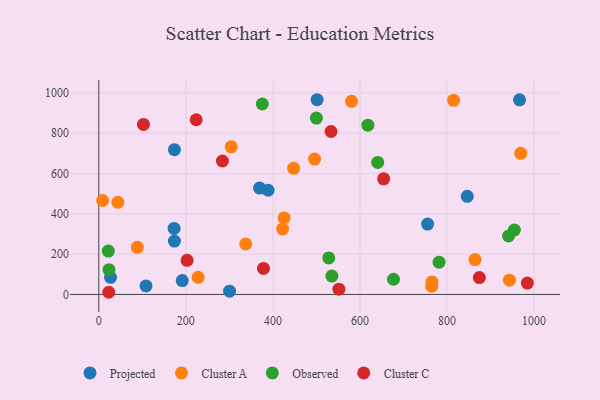
{"axis": {"x": "Experience", "y": "Sales"}, "legend": ["Cluster A", "Cluster C", "Observed", "Projected"], "data": [{"x": "173.7", "y": 264.7, "type": "Projected"}, {"x": "966.5", "y": 965.4, "type": "Projected"}, {"x": "300.4", "y": 16.3, "type": "Projected"}, {"x": "108.5", "y": 42.2, "type": "Projected"}, {"x": "173.0", "y": 327.7, "type": "Projected"}, {"x": "846.4", "y": 486.5, "type": "Projected"}, {"x": "755.3", "y": 349.3, "type": "Projected"}, {"x": "191.7", "y": 68.7, "type": "Projected"}, {"x": "369.3", "y": 527.5, "type": "Projected"}, {"x": "501.5", "y": 965.9, "type": "Projected"}, {"x": "27.0", "y": 85.1, "type": "Projected"}, {"x": "173.8", "y": 718.3, "type": "Projected"}, {"x": "389.0", "y": 516.9, "type": "Projected"}, {"x": "88.5", "y": 233.8, "type": "Cluster A"}, {"x": "943.3", "y": 70.7, "type": "Cluster A"}, {"x": "495.7", "y": 671.3, "type": "Cluster A"}, {"x": "43.8", "y": 456.8, "type": "Cluster A"}, {"x": "425.6", "y": 379.8, "type": "Cluster A"}, {"x": "8.8", "y": 466.1, "type": "Cluster A"}, {"x": "764.8", "y": 41.0, "type": "Cluster A"}, {"x": "447.5", "y": 625.4, "type": "Cluster A"}, {"x": "337.5", "y": 250.6, "type": "Cluster A"}, {"x": "580.6", "y": 958.1, "type": "Cluster A"}, {"x": "422.3", "y": 324.7, "type": "Cluster A"}, {"x": "765.4", "y": 62.2, "type": "Cluster A"}, {"x": "969.2", "y": 699.8, "type": "Cluster A"}, {"x": "864.2", "y": 172.8, "type": "Cluster A"}, {"x": "304.2", "y": 732.1, "type": "Cluster A"}, {"x": "228.2", "y": 84.9, "type": "Cluster A"}, {"x": "815.0", "y": 962.9, "type": "Cluster A"}, {"x": "528.2", "y": 181.4, "type": "Observed"}, {"x": "640.7", "y": 655.1, "type": "Observed"}, {"x": "499.8", "y": 874.9, "type": "Observed"}, {"x": "535.4", "y": 91.4, "type": "Observed"}, {"x": "941.3", "y": 290.0, "type": "Observed"}, {"x": "618.1", "y": 839.5, "type": "Observed"}, {"x": "21.9", "y": 215.0, "type": "Observed"}, {"x": "375.6", "y": 944.7, "type": "Observed"}, {"x": "781.6", "y": 160.3, "type": "Observed"}, {"x": "23.5", "y": 122.9, "type": "Observed"}, {"x": "954.7", "y": 319.6, "type": "Observed"}, {"x": "677.0", "y": 75.4, "type": "Observed"}, {"x": "654.3", "y": 573.4, "type": "Cluster C"}, {"x": "378.3", "y": 128.9, "type": "Cluster C"}, {"x": "102.6", "y": 843.2, "type": "Cluster C"}, {"x": "223.8", "y": 866.5, "type": "Cluster C"}, {"x": "874.2", "y": 83.8, "type": "Cluster C"}, {"x": "22.9", "y": 10.8, "type": "Cluster C"}, {"x": "533.4", "y": 808.4, "type": "Cluster C"}, {"x": "284.0", "y": 661.9, "type": "Cluster C"}, {"x": "202.9", "y": 169.3, "type": "Cluster C"}, {"x": "551.6", "y": 26.3, "type": "Cluster C"}, {"x": "984.5", "y": 56.2, "type": "Cluster C"}]}